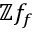
\mathbb { Z } f _ { f }